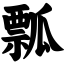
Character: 瓢